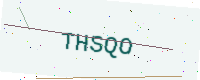
Text: THSQO